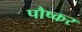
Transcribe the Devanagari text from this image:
पौष्कर